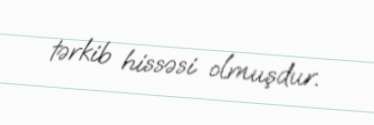
tərkib hissəsi olmuşdur.